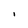
Character: I